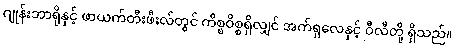
ဂျုန်းဘာရိုနှင့် ဖာယက်တီးဖီးလ်တွင် ကိစ္စဝိစ္စရှိလျှင် အက်ရှလေနှင့် ဝီလီတို့ ရှိသည်။